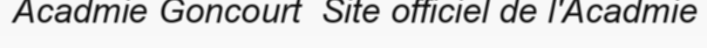
Acadmie Goncourt  Site officiel de l'Acadmie